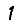
Digit: 1